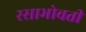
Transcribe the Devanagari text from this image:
रसाभोवती